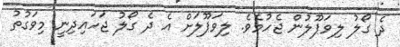
ދެ ގޯލު ލިވަޕޫލުން ޖެހުމެވެ. ލިވަޕޫލަށް އެ ދެ ގޯލު ޖަހައިދިނީ މިވަގުތު